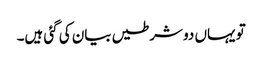
تو یہاں دو شرطیں بیان کی گئی ہیں۔